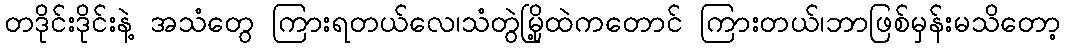
တဒိုင်းဒိုင်းနဲ့ အသံတွေ ကြားရတယ်လေ၊သံတွဲမြို့ထဲကတောင် ကြားတယ်၊ဘာဖြစ်မှန်းမသိတော့